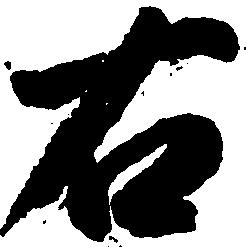
右